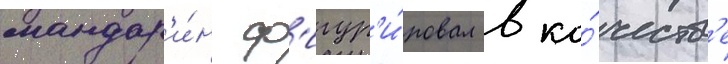
мандар'и́н ф'игур'и́ровал в ка́честв'е